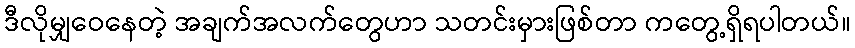
ဒီလိုမျှဝေနေတဲ့ အချက်အလက်တွေဟာ သတင်းမှားဖြစ်တာ ကတွေ့ရှိရပါတယ်။